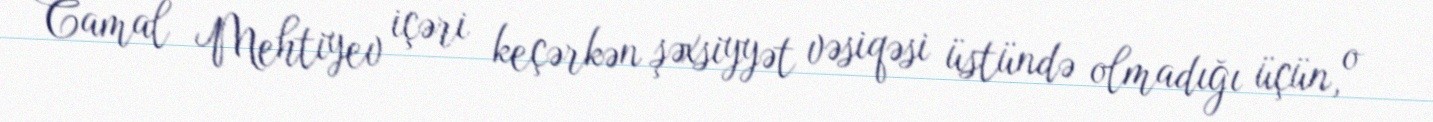
Camal Mehtiyev içəri keçərkən şəxsiyyət vəsiqəsi üstündə olmadığı üçün, o